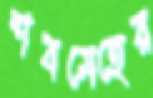
শবমেহের